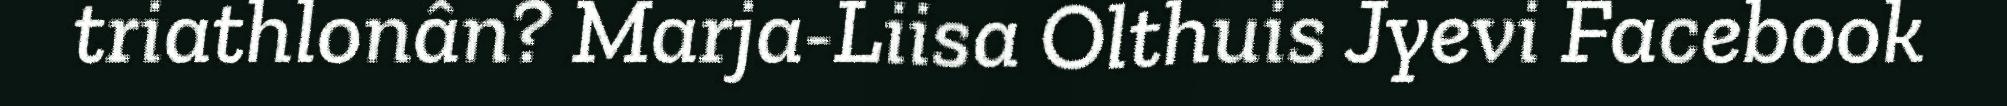
triathlonân? Marja-Liisa Olthuis Jyevi Facebook